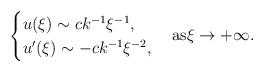
LaTeX: \begin{align*}\begin{cases}u(\xi) \sim ck^{-1}\xi^{-1},\\u'(\xi) \sim -ck^{-1}\xi^{-2},\end{cases}{\rm{as}} \xi\to +\infty.\end{align*}